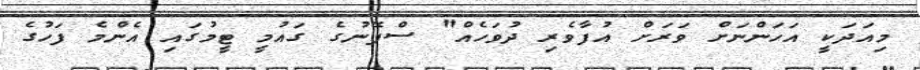
މިއަދަކީ އަހަންނަށް ވަރަށް އުފާވެރި ދުވަހެއް" ސްޕޭނުގެ ގައުމީ ޓީމުގައި އެންމެ ފަހުގެ